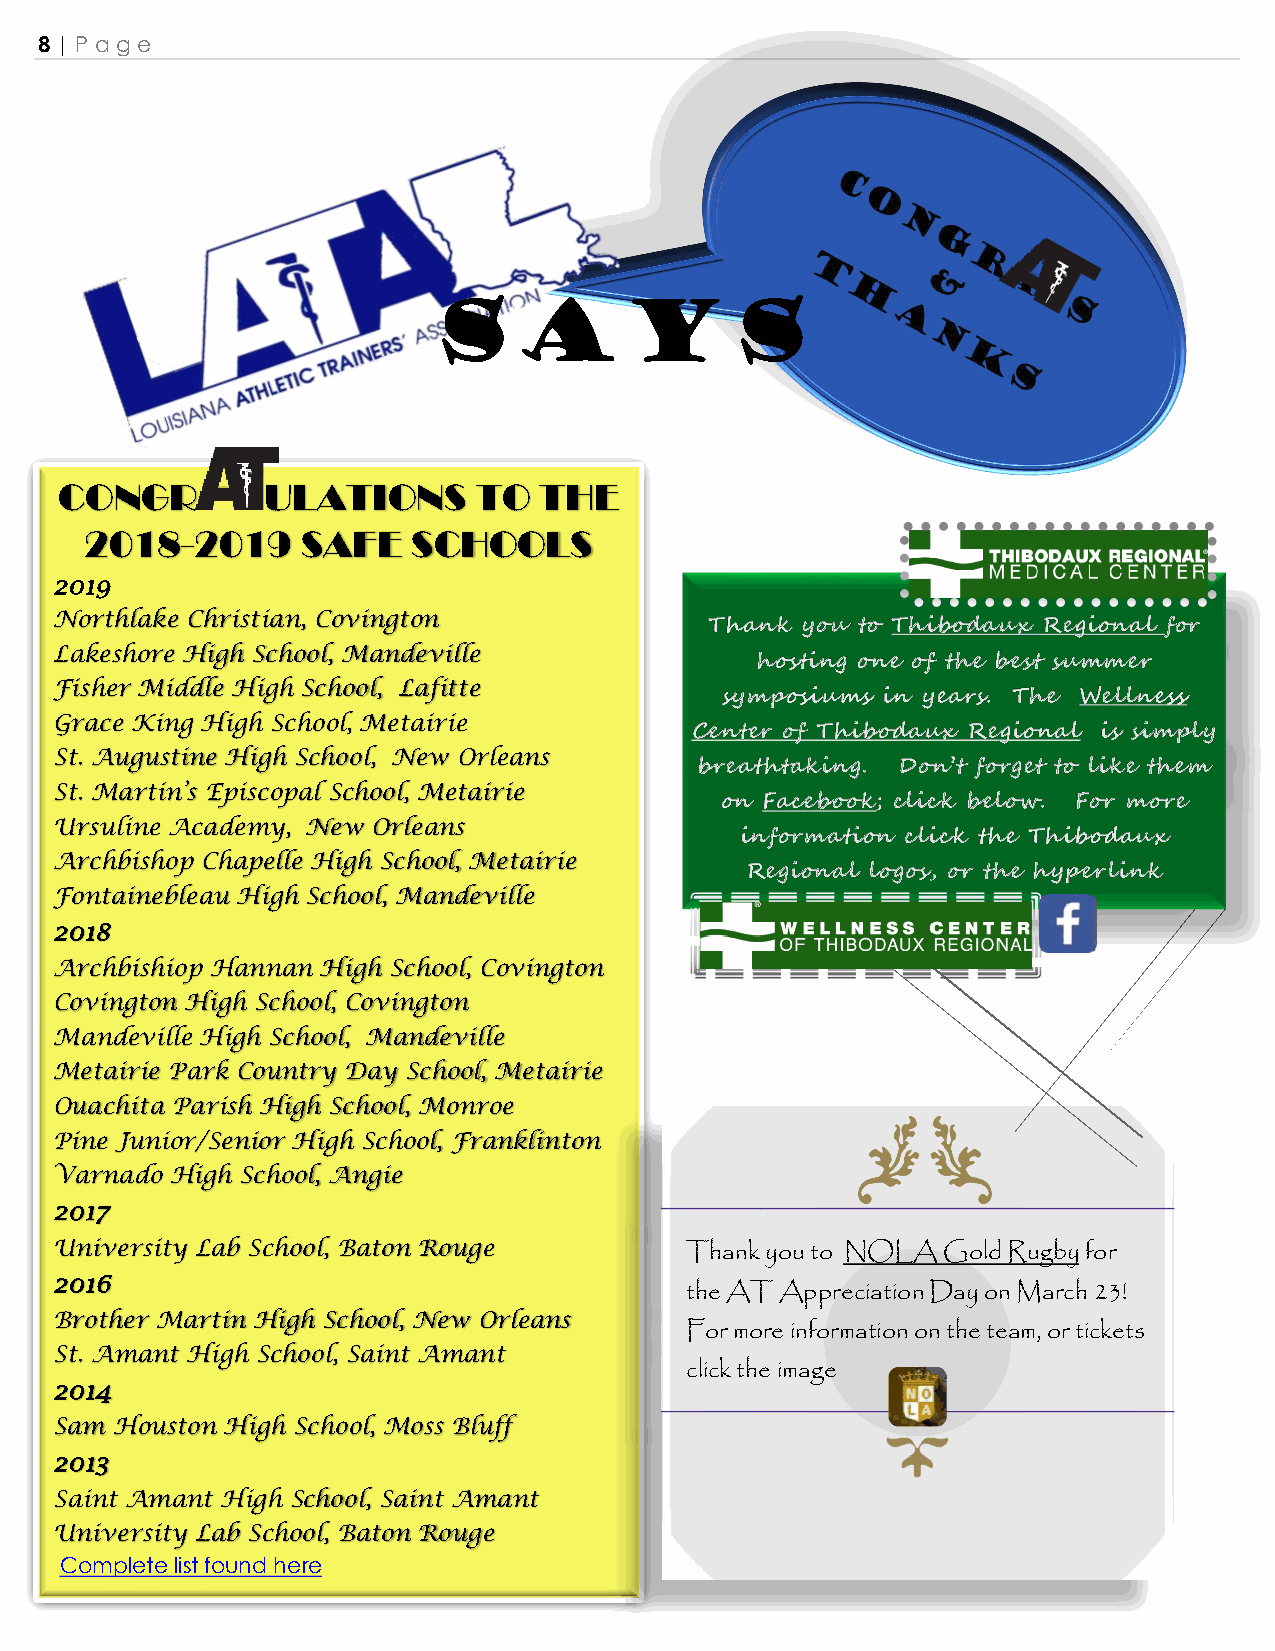
8 | Page
 Says
 CONGR        ULATIONS      TO   THE
 2018-2019     SAFE   SCHOOLS
 2019
 Northlake Christian, Covington
 Thank you to Thibodaux Regional for
 Lakeshore High School, Mandeville
 hosting one of the best summer
 Fisher Middle High School, Lafitte
 symposiums in years. The Wellness
 Grace King High School, Metairie
 Center of Thibodaux Regional is simply
 St. Augustine High School, New Orleans
 breathtaking. Don’t forget to like them
 St. Martin’s Episcopal School, Metairie
 on Facebook; click below. For more
 Ursuline Academy, New Orleans
 information click the Thibodaux
 Archbishop Chapelle High School, Metairie
 Regional logos, or the hyperlink
 Fontainebleau High School, Mandeville
 2018
 Archbishiop Hannan High School, Covington
 Covington High School, Covington
 Mandeville High School, Mandeville
 Metairie Park Country Day School, Metairie
 Ouachita Parish High School, Monroe
 Pine Junior/Senior High School, Franklinton
 Varnado High School, Angie
 2017
 University Lab School, Baton Rouge
 Thank you to NOLA Gold Rugby for
 2016
 the AT Appreciation Day on March 23!
 Brother Martin High School, New Orleans
 For more information on the team, or tickets
 St. Amant High School, Saint Amant
 click the image
 2014
 Sam Houston High School, Moss Bluff
 2013
 Saint Amant High School, Saint Amant
 University Lab School, Baton Rouge
 Complete list found here